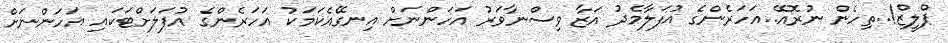
ޕްލީޒް!..ތިހެން ނުރޮއޭ..އަހަރެންގެ އުފަލާމެދު އަޒާ ވިސްނާވަރު އަހަންނަށް އިނގޭއެކަމަކު އަހަރެންގެ އުފަލަށްޓަކައި އަހަންނަށް